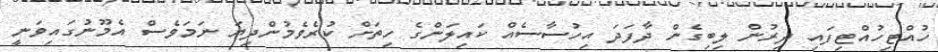
ހުއްޓިހުއްޓިފައި ދިރުން ލިބިގެން ދާފަދަ އިހުސާސެއް ކައިލަންގެ ހިތަށް ކުރެވެމުންދިޔަ ނަމަވެސް އެމޫނުގައިވަނީ